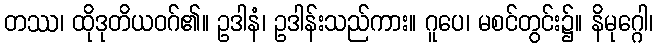
တဿ၊ ထိုဒုတိယဝဂ်၏။ ဥဒါနံ၊ ဥဒါန်းသည်ကား။ ဂူပေ၊ မစင်တွင်း၌။ နိမုဂ္ဂေါ၊